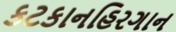
કટકાનહિરગાન